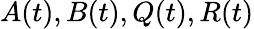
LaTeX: {\mathbf{}}A(t),B(t),Q(t),R(t)